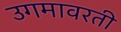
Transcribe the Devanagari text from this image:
उगमावरती